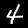
Label: 4